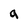
Character: 9